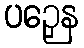
ပဉှေန